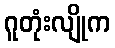
ဂူတုံးလျိုက